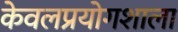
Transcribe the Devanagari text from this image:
केवलप्रयोगशाला